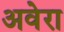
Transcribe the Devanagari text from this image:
अवेरा